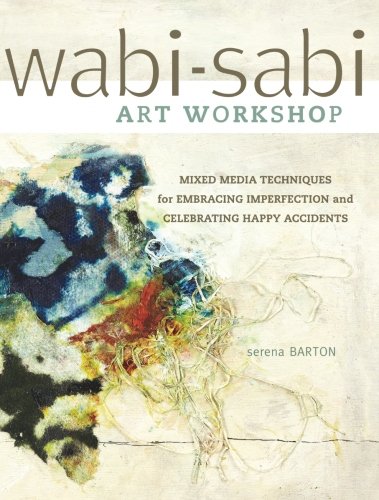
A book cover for Wabi-Sabi Art Workshop: Mixed Media Techniques for Embracing Imperfection and Celebrating Happy Accidents; Serena Barton; Arts & Photography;